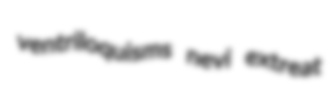
ventriloquisms nevi extreat